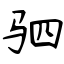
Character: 驷